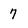
Character: 7